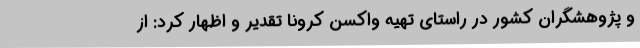
و پژوهشگران کشور در راستای تهیه واکسن کرونا تقدیر و اظهار کرد: از